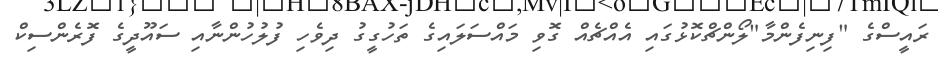
ރައީސްގެ "ފިނިފެންމާ"ލޯންޗްކޮޅުގައި އެއްޗެއް ގޮވި މައްސަލައިގެ ތަހުގީގު ދިވެހި ފުލުހުންނާއި ސައޫދީގެ ފޮރެންސިކް